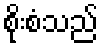
စိုးစံသည်